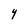
Character: Y